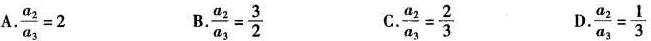
A.$$\frac{a_{2}}{a_{3}}=2$$ B.$$\frac{a_{2}}{a_{3}}= \frac{3}{2}$$ C.$$\frac{a_{2}}{a_{3}}= \frac{2}{3}$$ D.$$\frac{a_{2}}{a_{3}}= \frac{1}{3}$$